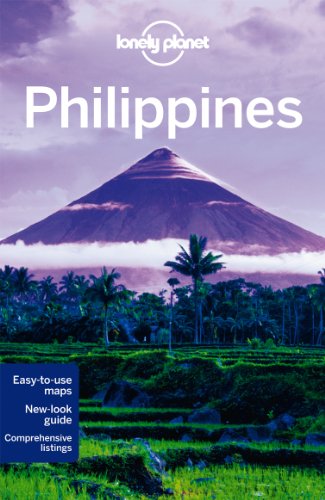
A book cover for Lonely Planet Philippines (Travel Guide); Greg Bloom; Sports & Outdoors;